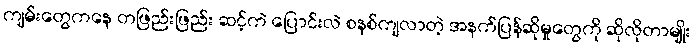
ကျမ်းတွေကနေ တဖြည်းဖြည်း ဆင့်ကဲ ပြောင်းလဲ စနစ်ကျလာတဲ့ အနက်ပြန်ဆိုမှုတွေကို ဆိုလိုတာမျိုး